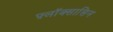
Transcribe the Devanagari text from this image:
फ़्लॉक्सासिन